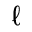
\ell